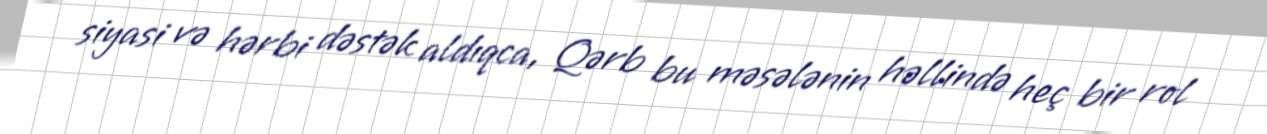
siyasi və hərbi dəstək aldıqca, Qərb bu məsələnin həllində heç bir rol